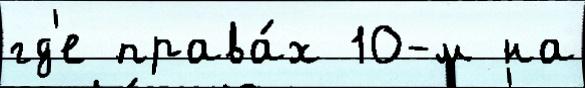
гд'е права́х 10-м на